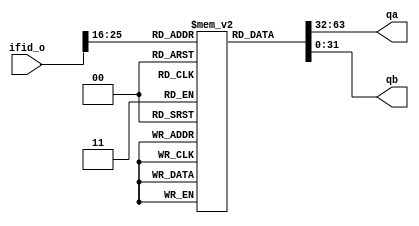
`timescale 1ns / 1ps


module regFile(input wire[31:0]ifid_o, output reg[31:0] qa, output reg[31:0] qb); // similar to IM
   reg[31:0] rF [0:31]; //31 x 31 array
   reg[4:0] rs;
   reg[4:0] rt;

always @(ifid_o)
begin
    // extracting rs & rt
    rs = ifid_o[25:21]; // rna, which is also rs
    rt = ifid_o[20:16]; // rnb, which is also rt (may fix both in later labs)
    qa = rF[rs];
    qb = rF[rt];
end
endmodule